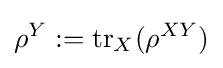
\rho ^{Y}:=\operatorname {tr} _{X}(\rho ^{XY})